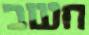
חשב